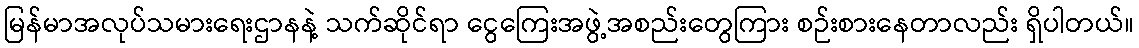
မြန်မာအလုပ်သမားရေးဌာနနဲ့ သက်ဆိုင်ရာ ငွေကြေးအဖွဲ့အစည်းတွေကြား စဉ်းစားနေတာလည်း ရှိပါတယ်။